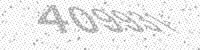
Solution: 409931